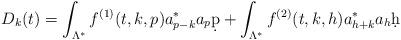
LaTeX: \begin{align*}D_k(t) = \int_{ \Lambda^{*} } f^{(1)} (t,k,p) a_{p-k}^* a_p \d p + \int_{ \Lambda^{*} } f^{(2)} (t,k,h) a_{h + k }^* a_h \d h \end{align*}